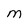
Character: M